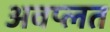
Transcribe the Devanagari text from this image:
अवप्लत